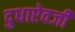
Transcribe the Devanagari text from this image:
दुधाऐवजी